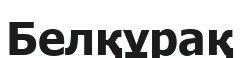
Белқұрақ